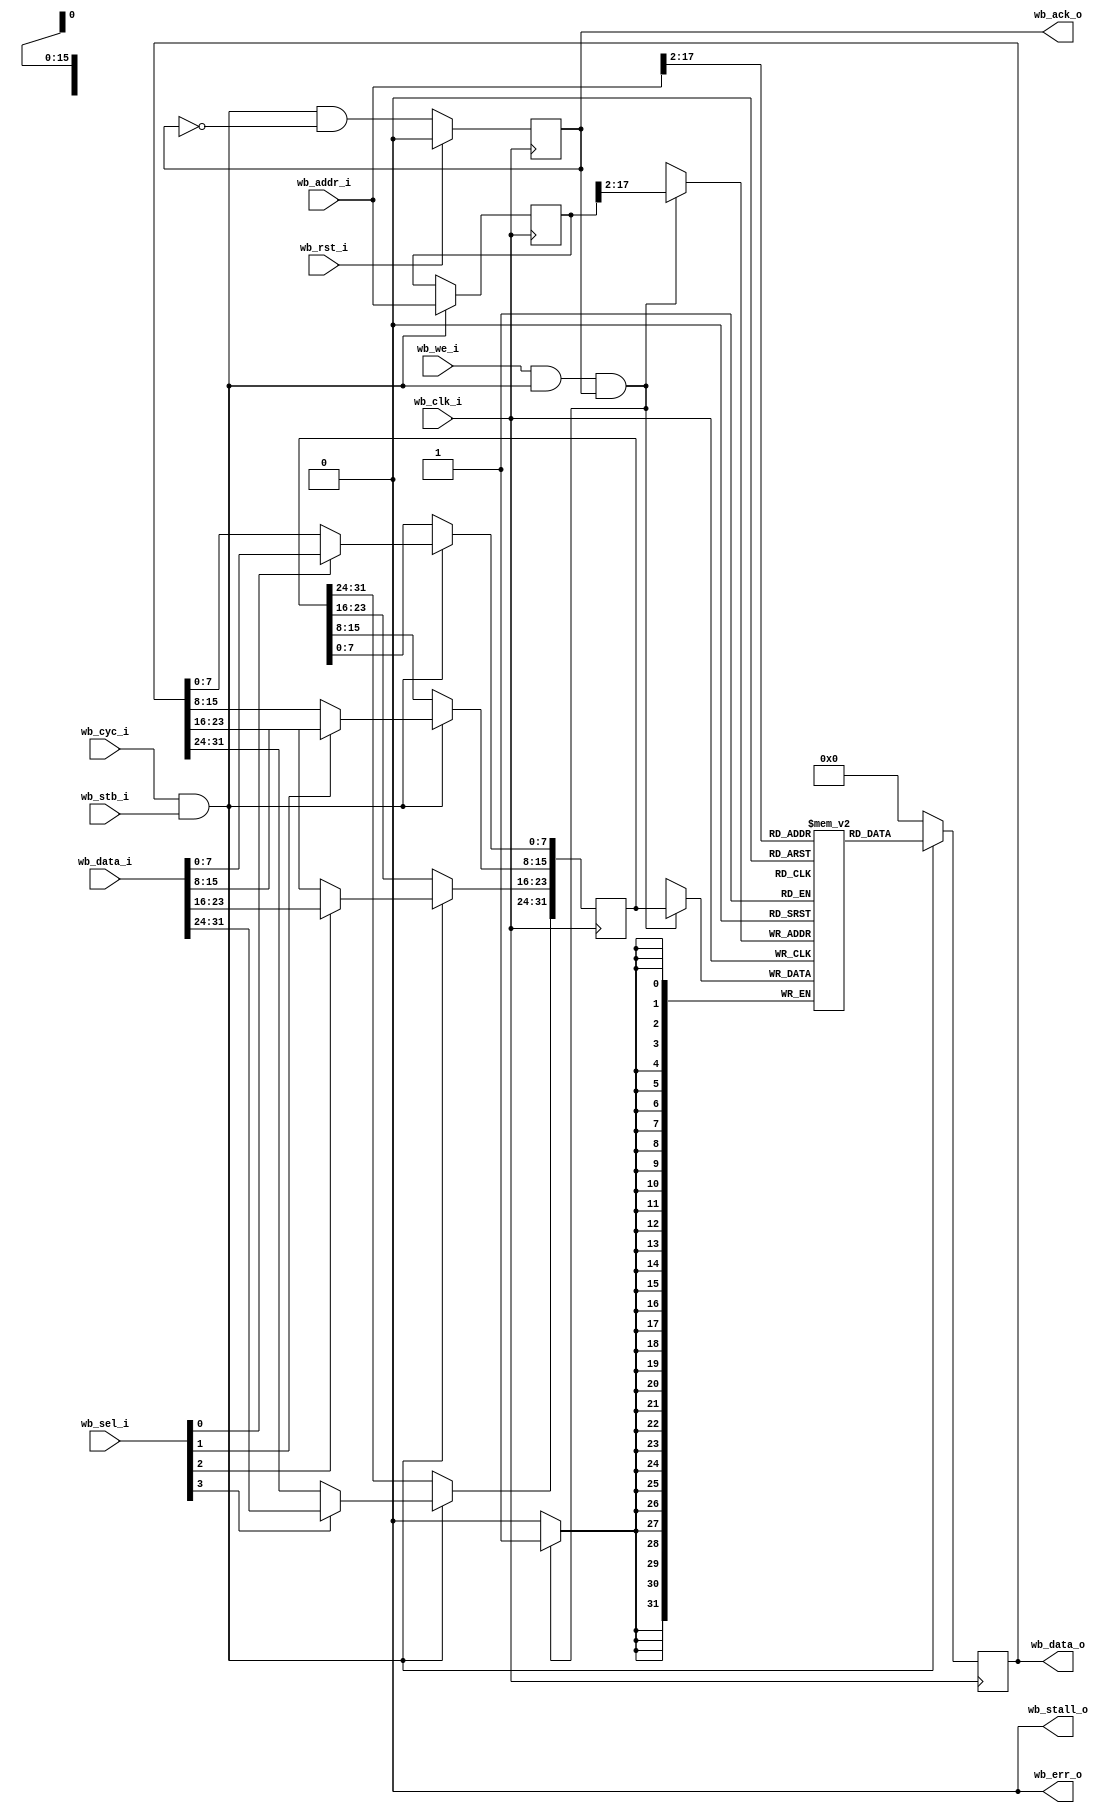
module wb_ram(
   input                        wb_clk_i,
   input                        wb_rst_i,
   /* verilator lint_off UNUSED */

   input [WB_ADDR_WIDTH - 1:0]  wb_addr_i,
   input [WB_DATA_WIDTH - 1:0]  wb_data_i,
   input [WB_BYTE_SEL - 1:0]    wb_sel_i,
   input                        wb_we_i,
   input                        wb_cyc_i,
   input                        wb_stb_i,

   output                       wb_stall_o,
   output                       wb_ack_o,
   output                       wb_err_o,
   output [WB_DATA_WIDTH - 1:0] wb_data_o
);

   parameter WB_DATA_WIDTH = 32;
   parameter MEMORY_SIZE = 2**16;
   parameter WB_ADDR_WIDTH = 32;
   parameter MEM_FILE = "";
   localparam BYTE_SIZE  = 8;
   localparam WB_BYTE_SEL  = WB_DATA_WIDTH / BYTE_SIZE;

   assign wb_stall_o = 0;
   assign wb_err_o = 0;

   reg wb_ack;
   assign wb_ack_o = wb_ack;

   wire valid = wb_cyc_i & wb_stb_i;

   always @ (posedge wb_clk_i) begin
      if (wb_rst_i) begin
         wb_ack <= 0;
      end else begin
         wb_ack <= valid & !wb_ack;
      end
   end

   wire ram_we = wb_we_i & valid & wb_ack_o;

   reg [WB_DATA_WIDTH - 1:0] data;
   assign wb_data_o = data;
   reg [WB_DATA_WIDTH - 1:0] memory [0:MEMORY_SIZE - 1] /* verilator public */;
   reg [WB_DATA_WIDTH - 1:0] tmp_data_w;
   reg [WB_ADDR_WIDTH - 1:0] tmp_addr;

   always @ (posedge wb_clk_i) begin
      if (valid) begin
         tmp_addr <= wb_addr_i;
      end
   end

   always @(posedge wb_clk_i) begin
      if (valid) begin
         tmp_data_w[7:0]   <= wb_sel_i[0] ? wb_data_i[7:0]   : data[7:0];
         tmp_data_w[15:8]  <= wb_sel_i[1] ? wb_data_i[15:8]  : data[15:8];
         tmp_data_w[23:16] <= wb_sel_i[2] ? wb_data_i[23:16] : data[23:16];
         tmp_data_w[31:24] <= wb_sel_i[3] ? wb_data_i[31:24] : data[31:24];
      end
      if (ram_we) begin
         memory[tmp_addr[WB_ADDR_WIDTH - 1:2]] <= tmp_data_w;
      end
   end

   always @ (posedge wb_clk_i) begin
      if (valid) begin
         data <= memory[wb_addr_i[WB_ADDR_WIDTH - 1:2]];
      end else begin
         data <= 0;
      end
   end

   generate
      initial begin
         if (MEM_FILE != "") begin
            $readmemh(MEM_FILE, memory);
         end
       end
   endgenerate

endmodule